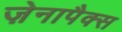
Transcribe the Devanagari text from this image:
ज़ेनापैक्स